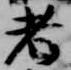
者